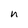
Character: n